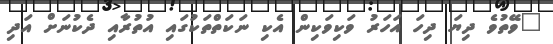
"ވޭތުވެ ދިޔަ ދިހަ އަހަރު ވަކިވަކިން އެކި ނަކަތްތަކުގައި އުތުރާއި ދެކުނަށް އަދި